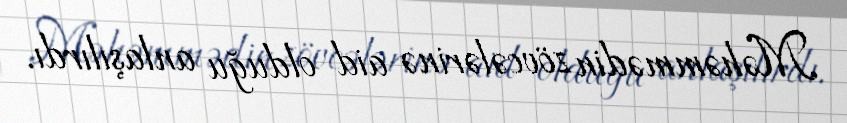
Məhəmmədin zövcələrinə aid olduğu anlaşılırdı.